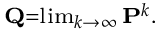
\scriptstyle \mathbf { Q } = \operatorname* { l i m } _ { k \to \infty } \mathbf { P } ^ { k } .